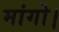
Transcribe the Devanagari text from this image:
मांगो।